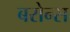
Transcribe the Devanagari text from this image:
बरोन्स